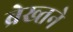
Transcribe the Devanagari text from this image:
ब्रेख्तने